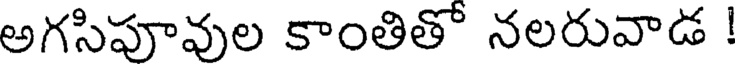
అగసిపూవుల కాంతితో నలరువాడ !